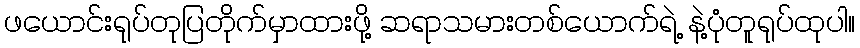
ဖယောင်းရုပ်တုပြတိုက်မှာထားဖို့ ဆရာသမားတစ်ယောက်ရဲ့ နဲ့ပုံတူရုပ်ထုပါ။